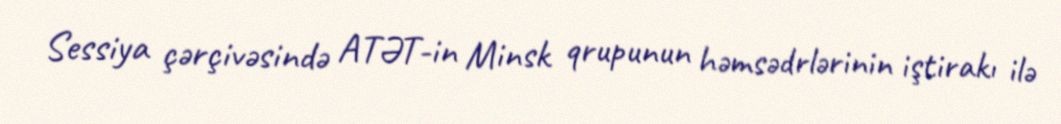
Sessiya çərçivəsində ATƏT-in Minsk qrupunun həmsədrlərinin iştirakı ilə